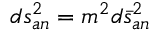
d s _ { a n } ^ { 2 } = m ^ { 2 } d \bar { s } _ { a n } ^ { 2 }